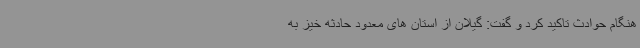
هنگام حوادث تاکید کرد و گفت: گیلان از استان های معدود حادثه خیز به